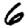
Digit: 6